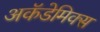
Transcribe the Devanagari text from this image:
अकॅडेमिक्स